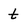
Character: t